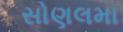
સોણલમા